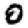
Digit: 0